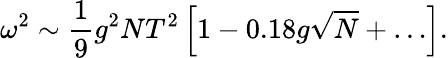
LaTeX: \omega^{2}\sim\frac{1}{9}g^{2}NT^{2}\left[1-0.18g\sqrt{N}+\ldots\right].